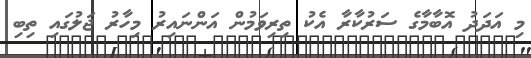
މި އަދަދު އޮބާމާގެ ސަރުކާރާ އެކު ތިރިވަމުން އަންނައިރު މިހާރު ޖަލުގައި ތިބި